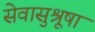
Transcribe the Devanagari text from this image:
सेवासुश्रूषा